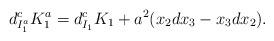
LaTeX: \begin{align*}d^c_{I_1^a}K_1^a = d^c_{I_1}K_1 + a^2(x_2dx_3 - x_3dx_2).\end{align*}